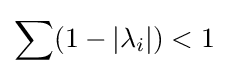
\displaystyle {\sum (1-|\lambda _{i}|)<1}